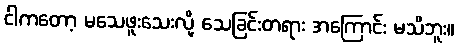
ငါကတော့ မသေဖူးသေးလို့ သေခြင်းတရား အကြောင်း မသိဘူး။